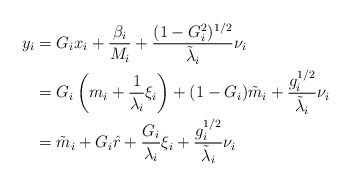
\begin{align*}y_i &= G_i x_i + \frac{\beta_i}{M_i} + \frac{(1-G_i^2)^{1/2}}{\tilde{\lambda}_i} \nu_i \\&= G_i \left( m_i + \frac{1}{\lambda_i} \xi_i \right) + (1-G_i) \tilde{m}_i + \frac{g_i^{1/2}}{\tilde{\lambda}_i} \nu_i \\&= \tilde{m}_i + G_i \hat{r} + \frac{G_i}{\lambda_i} \xi_i + \frac{g_i^{1/2}}{\tilde{\lambda}_i} \nu_i \end{align*}